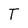
Character: T